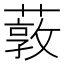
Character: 䔻